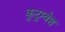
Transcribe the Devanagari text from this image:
कुटुम्बेश